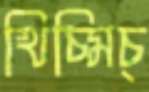
খিচ্‌মিচ্‌